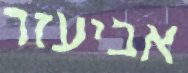
אביעזר